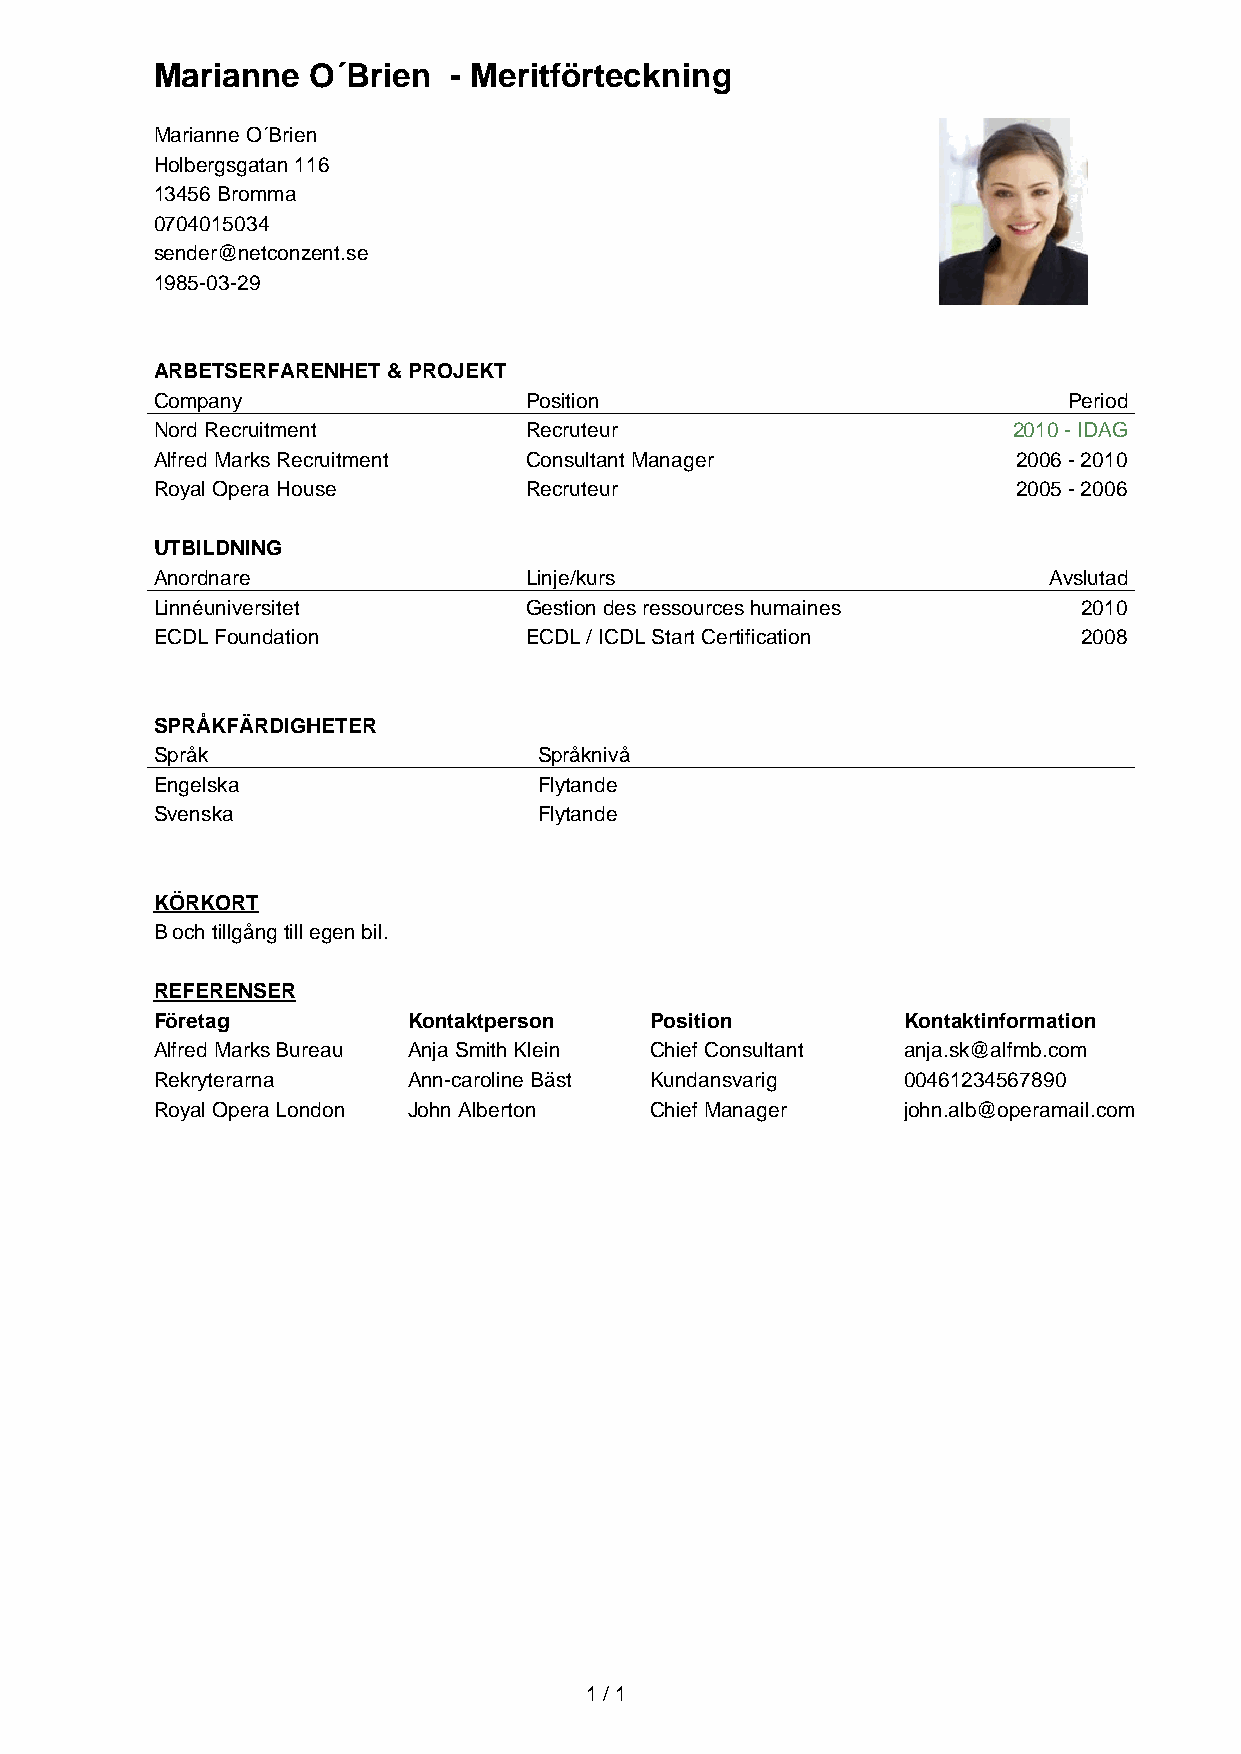
Marianne  O´Brien   - Meritförteckning
 Marianne O´Brien
 Holbergsgatan 116
 13456 Bromma
 0704015034
 sender@netconzent.se
 1985-03-29
 ARBETSERFARENHET & PROJEKT
 Company                  Position                            Period
 Nord Recruitment         Recruteur                       2010 - IDAG
 Alfred Marks Recruitment Consultant Manager              2006 - 2010
 Royal Opera House        Recruteur                       2005 - 2006
 UTBILDNING
 Anordnare                Linje/kurs                        Avslutad
 Linnéuniversitet         Gestion des ressources humaines      2010
 ECDL Foundation          ECDL / ICDL Start Certification      2008
 SPRÅKFÄRDIGHETER
 Språk                     Språknivå
 Engelska                  Flytande
 Svenska                   Flytande
 KÖRKORT
 B och tillgång till egen bil.
 REFERENSER
 Företag          Kontaktperson   Position         Kontaktinformation
 Alfred Marks Bureau Anja Smith Klein Chief Consultant anja.sk@alfmb.com
 Rekryterarna     Ann-caroline Bäst Kundansvarig   00461234567890
 Royal Opera London John Alberton Chief Manager    john.alb@operamail.com
 1 / 1